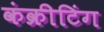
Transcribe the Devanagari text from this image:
कंक्रीटिंग